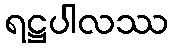
ရဋ္ဌပါလဿ